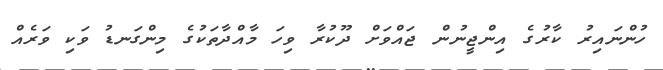
ހުންނައިރު ކާރުގެ އިންޖީނުން ޖައްވަށް ދޫކުރާ ވިހަ މާއްދާތަކުގެ މިންގަނޑު ވަކި ވަރެއް